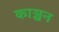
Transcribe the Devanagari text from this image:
काञ्चन